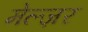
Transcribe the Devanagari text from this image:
मेल्ज़र